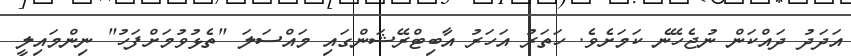
އަދަދު ދައްކަން ނުޖެހޭނެ ކަމަށެވެ. ހަތަރު އަހަރު އާބިޓްރޭޝަންގައި މައްސަލަ "ތެޅުވުމަށްފަހު" ނިންމައިލީ